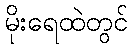
မိုးရေထဲတွင်